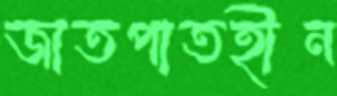
জাতপাতহীন